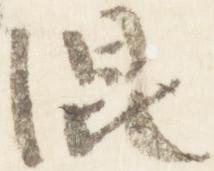
混